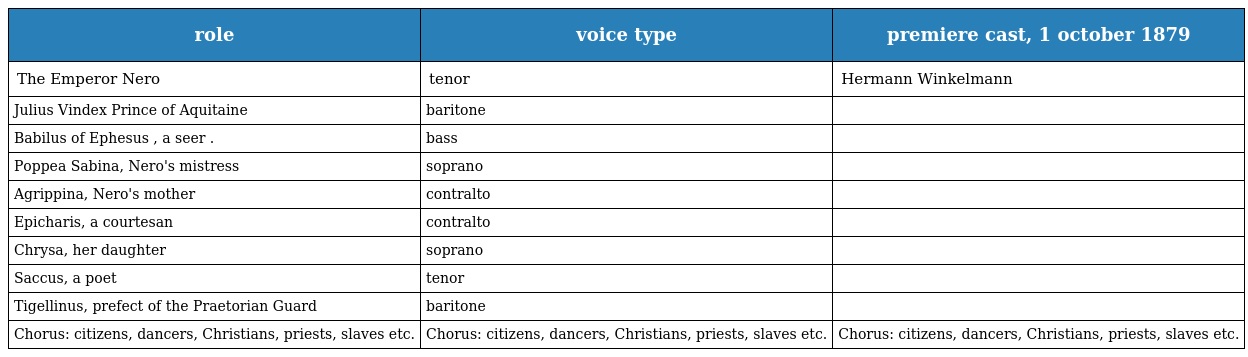
| role | voice type | premiere cast, 1 october 1879 |
 | --- | --- | --- |
 | The Emperor Nero | tenor | Hermann Winkelmann |
 | Julius Vindex Prince of Aquitaine | baritone |  |
 | Babilus of Ephesus , a seer . | bass |  |
 | Poppea Sabina, Nero's mistress | soprano |  |
 | Agrippina, Nero's mother | contralto |  |
 | Epicharis, a courtesan | contralto |  |
 | Chrysa, her daughter | soprano |  |
 | Saccus, a poet | tenor |  |
 | Tigellinus, prefect of the Praetorian Guard | baritone |  |
 | Chorus: citizens, dancers, Christians, priests, slaves etc. | Chorus: citizens, dancers, Christians, priests, slaves etc. | Chorus: citizens, dancers, Christians, priests, slaves etc. |